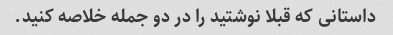
داستانی که قبلا نوشتید را در دو جمله خلاصه کنید.